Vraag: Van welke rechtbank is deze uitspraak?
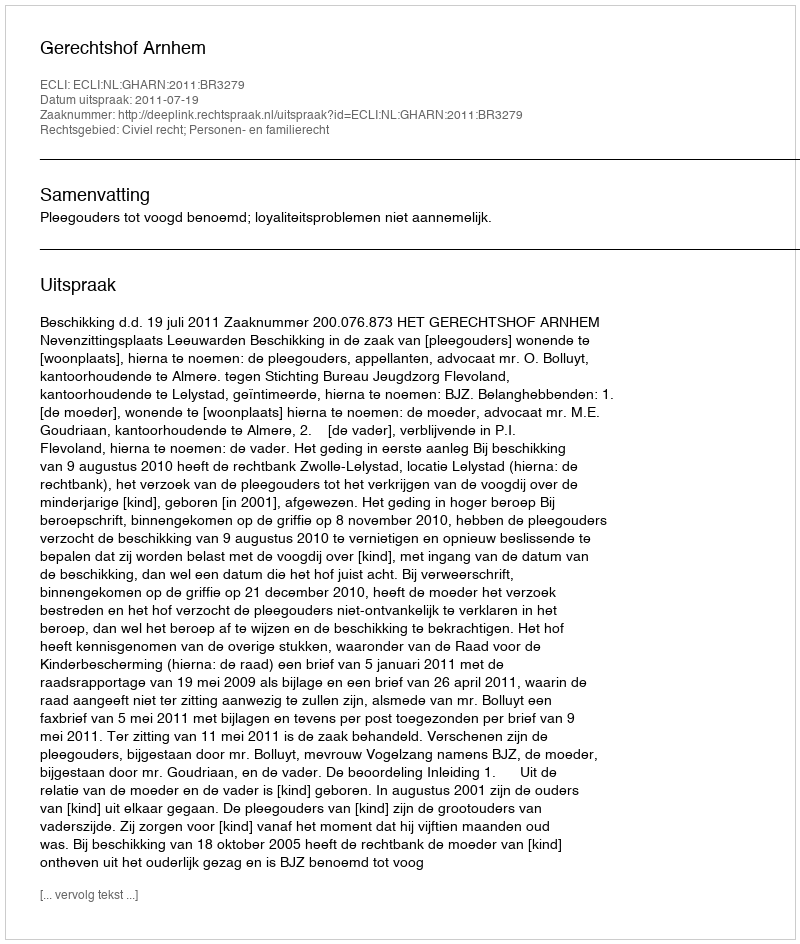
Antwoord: Gerechtshof Arnhem